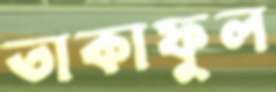
তাকাফুল